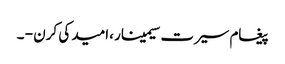
پیغام سیرت سیمینار ،امید کی کرن - ۔